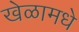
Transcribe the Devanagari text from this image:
खेळामधे